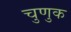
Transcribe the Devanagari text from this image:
चुणुक